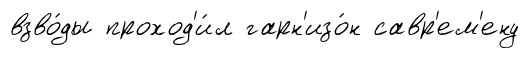
взво́ды проход'и́л гарн'изо́н савр'ем'ену